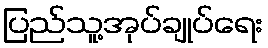
ပြည်သူ့အုပ်ချုပ်ရေး